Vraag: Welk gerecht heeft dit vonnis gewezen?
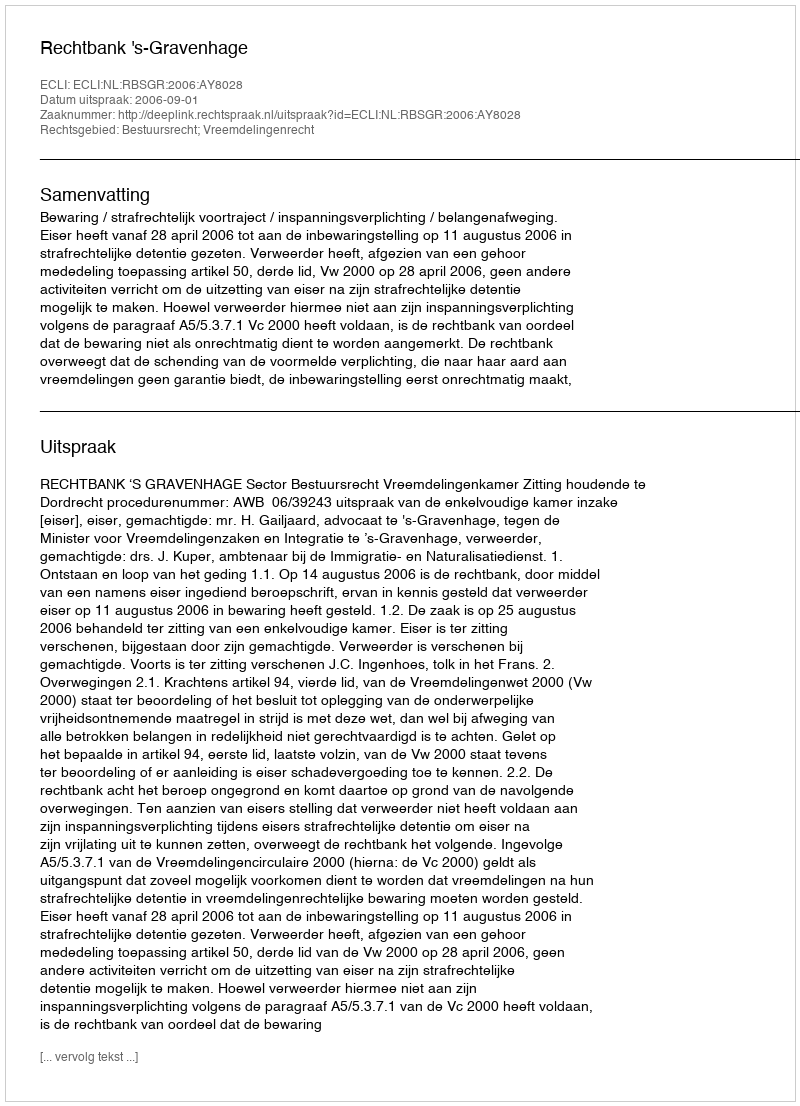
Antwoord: Rechtbank 's-Gravenhage